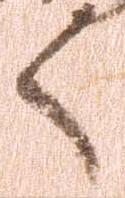
へ